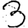
Digit: 3